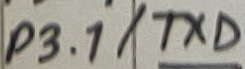
Text: P3.1/TXD